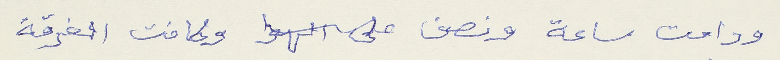
ودامت ساعة ونصف على الهوا وكانت الفرقة